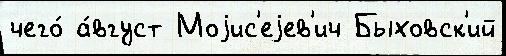
чего́ а́вгуст Моjис'еjев'ич Быховск'ий